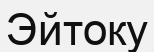
Эйтоку